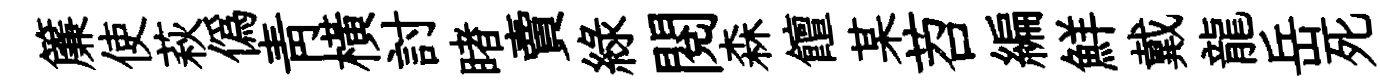
簾使萩偽靑横討睹賣緑閲森饘某苕編鮮戴龍岳死